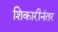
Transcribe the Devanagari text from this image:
शिकारीनंतर